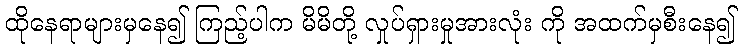
ထိုနေရာများမှနေ၍ ကြည့်ပါက မိမိတို့ လှုပ်ရှားမှုအားလုံး ကို အထက်မှစီးနေ၍